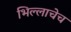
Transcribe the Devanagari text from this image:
भिल्लाचेच